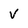
Character: V